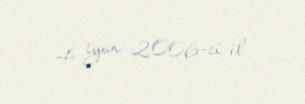
4 iyun 2006-ci il